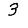
Digit: 3